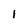
Character: 1